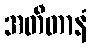
အတီတာနံ